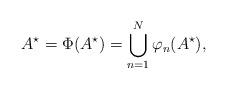
LaTeX: \begin{align*} A^\star = \Phi(A^\star) = \bigcup_{n=1}^N\varphi_n(A^\star),\end{align*}